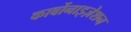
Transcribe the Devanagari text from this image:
कार्बोनाइज़ेशन